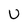
Character: U